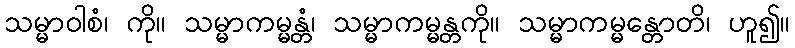
သမ္မာဝါစံ၊ ကို။ သမ္မာကမ္မန္တံ၊ သမ္မာကမ္မန္တကို။ သမ္မာကမ္မန္တောတိ၊ ဟူ၍။